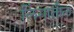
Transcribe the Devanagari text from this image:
लिंगातील